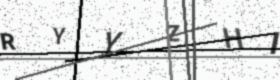
Text: RYYZHI